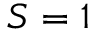
S = 1